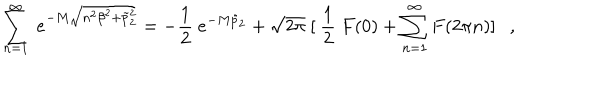
\sum _ { n = 1 } ^ { \infty } ~ e ^ { - M \sqrt { n ^ { 2 } \beta ^ { 2 } + \tilde { p } _ { 2 } ^ { 2 } } } = - \frac { 1 } { 2 } ~ e ^ { - M \tilde { p } _ { 2 } } + \sqrt { 2 \pi } ~ [ ~ \frac { 1 } { 2 } ~ F ( 0 ) + \sum _ { n = 1 } ^ { \infty } F ( 2 \pi n ) ] ,